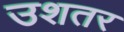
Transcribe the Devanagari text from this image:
उशतर